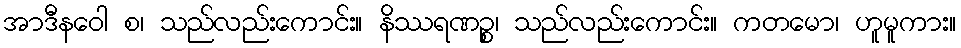
အာဒီနဝေါ စ၊ သည်လည်းကောင်း။ နိဿရဏဉ္စ၊ သည်လည်းကောင်း။ ကတမော၊ ဟူမူကား။